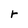
Character: r